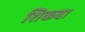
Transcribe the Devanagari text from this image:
शिकवा